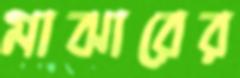
মাঝারের